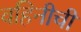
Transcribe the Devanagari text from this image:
वहिनीची